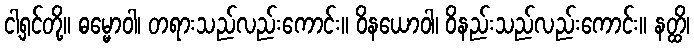
ငါ့ရှင်တို့။ ဓမ္မောဝါ၊ တရားသည်လည်းကောင်း။ ဝိနယောဝါ၊ ဝိနည်းသည်လည်းကောင်း။ နတ္ထိ၊